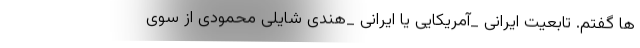
ها گفتم. تابعیت ایرانی _آمریکایی یا ایرانی _هندی شایلی محمودی از سوی